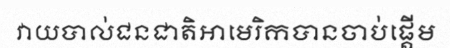
វាយបាល់ជនជាតិអាមេរិកបានចាប់ផ្តើម